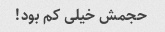
حجمش خیلی کم بود!